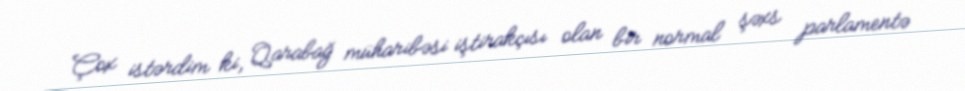
Çox istərdim ki, Qarabağ müharibəsi iştirakçısı olan bir normal şəxs parlamentə